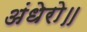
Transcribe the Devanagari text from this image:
अंधेरो॥